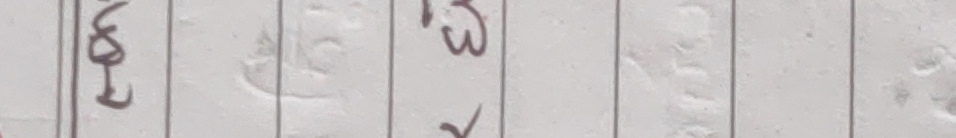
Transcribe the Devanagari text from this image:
१००३